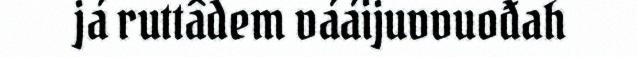
já ruttâdem vááijuvvuođah